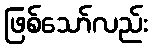
ဖြစ်သော်လည်း